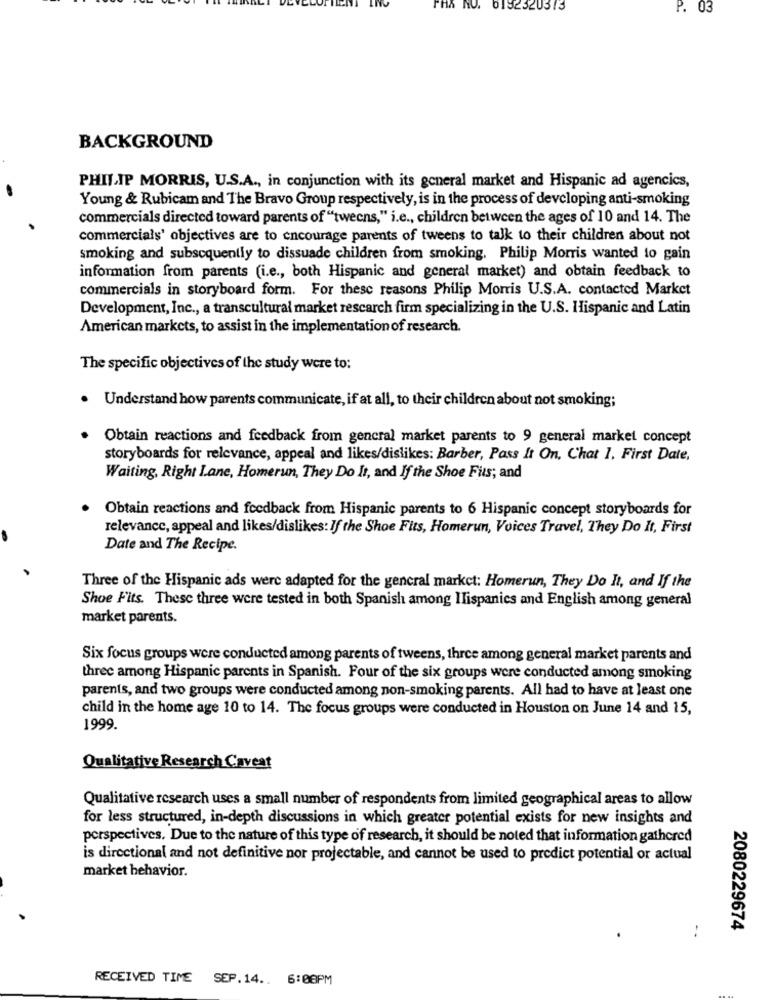
5192320313
P. 03
BACKGROUND
PHILIP MORRIS, U.S.A ., in conjunction with its general market and Hispanic ad agencics,
Young & Rubicam and The Bravo Group respectively, is in the process of developing anti-smoking
commercials directed toward parents of "tweens," i.e ., children between the ages of 10 and 14. The
commercials' objectives are to encourage parents of tweens to talk to their children about not
smoking and subsequently to dissuade children from smoking. Philip Morris wanted to gain
information from parents (i.e ., both Hispanic and general market) and obtain feedback to
commercials in storyboard form. For these reasons Philip Morris U.S.A. contacted Market
Development, Inc ., a transcultural market rescarch firm specializing in the U.S. Hispanic and Latin
American markets, to assist in the implementation of research.
The specific objectives of the study were to:
Understand how parents communicate, if at all, to their children about not smoking;
Obtain reactions and feedback from general market parents to 9 general market concept
storyboards for relevance, appeal and likes/dislikes: Barber, Pass It On, Chat 1. First Date,
Waiting, Right Lane, Homerun, They Do It, and If the Shoe Fils; and
Obtain reactions and feedback from Hispanic parents to 6 Hispanic concept storyboards for
relevance, appeal and likes/dislikes: If the Shoe Fits, Homerun, Voices Travel, They Do It, First
Date and The Recipe.
Three of the Hispanic ads were adapted for the general markct: Homerun, They Do It, and If the
Shoe Fits. These three were tested in both Spanish among Ilispanics and English among general
market parents.
Six focus groups were conducted among parents of tweens, three among general market parents and
three among Hispanic parents in Spanish. Four of the six groups were conducted among smoking
parents, and two groups were conducted among non-smoking parents. All had to have at least one
child in the home age 10 to 14. The focus groups were conducted in Houston on June 14 and 15,
1999.
Qualitative Research Caveat
Qualitative research uses a small number of respondents from limited geographical areas to allow
for less structured, in-depth discussions in which greater potential exists for new insights and
perspectives. Due to the nature of this type of research, it should be noted that information gathered
is directional and not definitive nor projectable, and cannot be used to predict potential or actual
market behavior.
2080229674
..
RECEIVED TIME SEP.14 .. 6:08PM